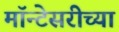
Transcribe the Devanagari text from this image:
मॉन्टेसरीच्या